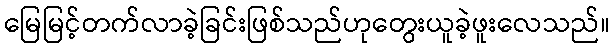
မြေမြင့်တက်လာခဲ့ခြင်းဖြစ်သည်ဟုတွေးယူခဲ့ဖူးလေသည်။